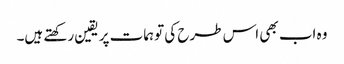
وہ اب بھی اس طرح کی توہمات پر یقین رکھتے ہیں۔